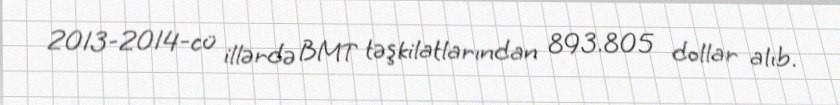
2013-2014-cü illərdə BMT təşkilatlarından 893.805 dollar alıb.